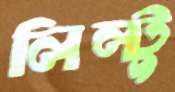
লিল্টু